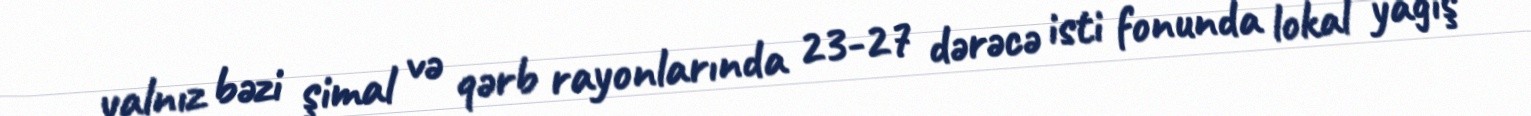
yalnız bəzi şimal və qərb rayonlarında 23-27 dərəcə isti fonunda lokal yağış